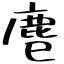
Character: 𪊍